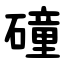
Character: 䃥